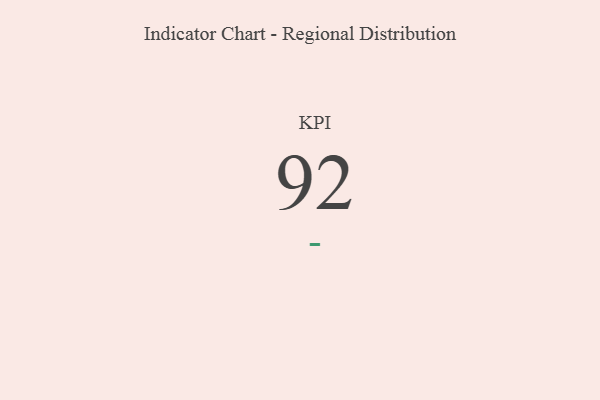
{"axis": {"x": "KPI", "y": "Value"}, "legend": [""], "data": [{"x": "KPI", "y": 92, "type": ""}]}